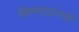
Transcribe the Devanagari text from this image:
किरणाप्रमाणे